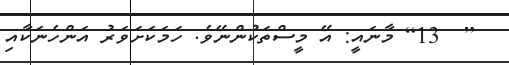
[  13] މާނައީ: އޭ މީސްތަކުންނޭވެ. ހަމަކަށަވަރު އަންހެނަކާއި